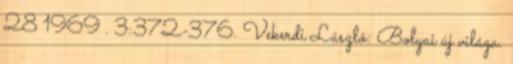
28 1969 . 3:372-376. Vekerdi László: Bolyai új világa.